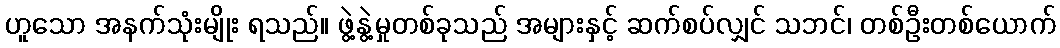
ဟူသော အနက်သုံးမျိုး ရသည်။ ဖွဲ့နွဲ့မှုတစ်ခုသည် အများနှင့် ဆက်စပ်လျှင် သဘင်၊ တစ်ဦးတစ်ယောက်